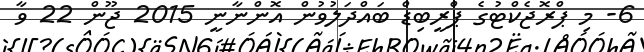
6- މި ޕްރޮޖެކްޓުގެ ޕްރީބިޑް ބައްދަލުވުން އޮންނާނީ 2015 ޖޫން 22 ވާ